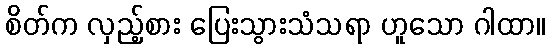
စိတ်က လှည့်စား ပြေးသွားသံသရာ ဟူသော ဂါထာ။